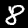
Label: 8